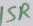
Text: 15R